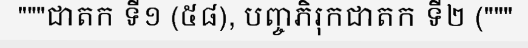
"""ជាតក ទី១ (៥៨), បញ្ចភិរុកជាតក ទី២ ("""